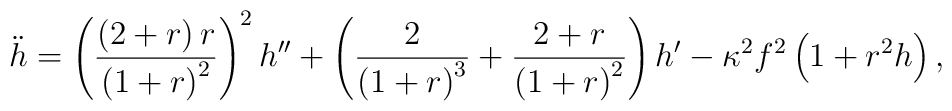
\ddot{h}=\left( \frac{\left( 2+r\right) r}{\left( 1+r\right) ^{2}}\right) ^{2}h^{\prime \prime }+\left( \frac{2}{\left( 1+r\right) ^{3}}+\frac{2+r}{\left( 1+r\right) ^{2}}\right) h^{\prime }-\kappa ^{2}f^{2}\left( 1+r^{2}h \right) ,